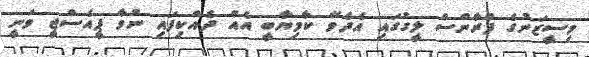
މިސީޒަނުގެ ފްރާންސް ލީގުގައި އެދެވޭ ކާމިޔާބީ އެއް ދެއްކިފައި ނުވާ ޕީއެސްޖީ ވަނީ